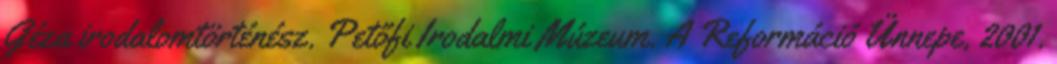
Géza irodalomtörténész. Petőfi Irodalmi Múzeum. A Reformáció Ünnepe, 2001.